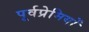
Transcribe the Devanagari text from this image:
पूर्वप्रेमियों